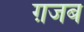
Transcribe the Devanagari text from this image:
ग़जब